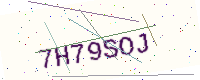
Text: 7H79SOJ